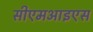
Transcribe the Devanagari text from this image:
सीएमआइएस